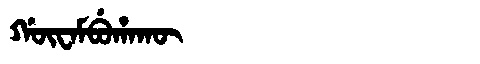
Manchu: ᡤᡡᠸᠠᠮᠪᡠᡥᠠᡴᡡ
Romanization: GŪWAMBUHAKŪ